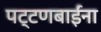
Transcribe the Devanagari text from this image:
पट्टणबाईंना